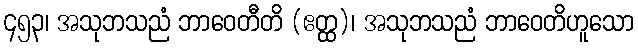
၄၅၃၊ အသုဘသညံ ဘာဝေတီတိ (ဧတ္ထ)၊ အသုဘသညံ ဘာဝေတိဟူသော